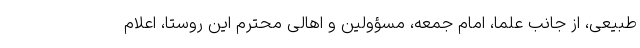
طبیعی، از جانب علما، امام جمعه، مسؤولین و اهالی محترم این روستا، اعلام